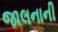
જાલનાની